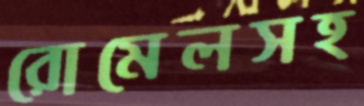
রোমেলসহ